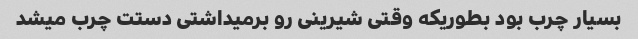
بسیار چرب بود بطوریکه وقتی شیرینی رو برمیداشتی دستت چرب میشد